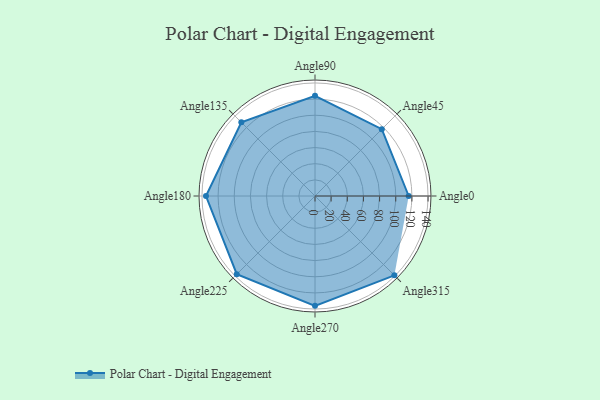
{"axis": {"x": "Angle", "y": "Radius"}, "legend": [""], "data": [{"x": "Angle0", "y": 116.0, "type": ""}, {"x": "Angle45", "y": 117.0, "type": ""}, {"x": "Angle90", "y": 124.0, "type": ""}, {"x": "Angle135", "y": 129.0, "type": ""}, {"x": "Angle180", "y": 135.0, "type": ""}, {"x": "Angle225", "y": 137.0, "type": ""}, {"x": "Angle270", "y": 136.0, "type": ""}, {"x": "Angle315", "y": 139.0, "type": ""}]}